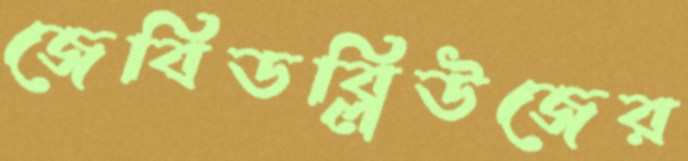
জেবিডব্লিউজের